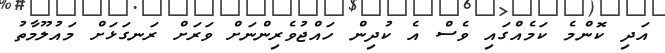
އަދި ކޮންމެ ކަމެއްގައި ވެސް އެ ކުދިން ހައްޖުވެރިންނަށް ވަރަށް ރަނގަޅަށް މައުލޫމާތު